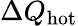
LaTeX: \Delta Q_{\mathrm{hot}}